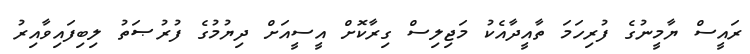
ރައީސް ޔާމީނުގެ ފުރިހަމަ ތާއީދާއެކު މަޖިލިސް ގިރާކޮށް އީސީއަށް ދިޔުމުގެ ފުރުޞަތު ލިބިފައިވާއިރު